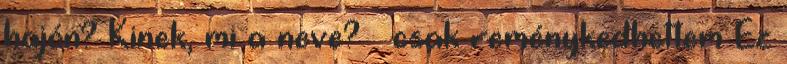
hajón? Kinek, mi a neve? – csak reménykedhettem Ez